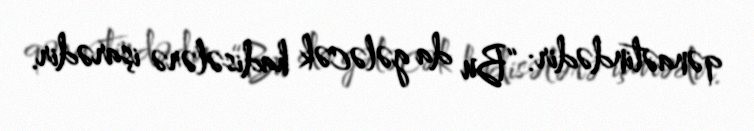
qənaətindədir: “Bu da gələcək hadisələrə işarədir.